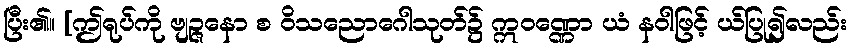
ပြီး၏။ [ဤရုပ်ကို ဗျဉ္ဇနော စ ဝိသညောဂေါသုတ်၌ ဣဝဏ္ဏော ယံ နဝါဖြင့် ယ်ပြု၍လည်း